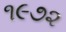
૧૯૭૨